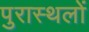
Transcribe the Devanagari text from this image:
पुरास्थलों